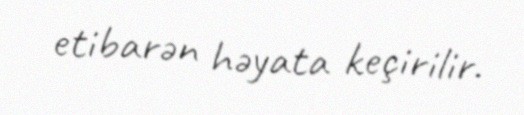
etibarən həyata keçirilir.